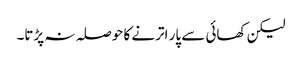
لیکن کھائی سے پار اترنے کا حوصلہ نہ پڑتا۔